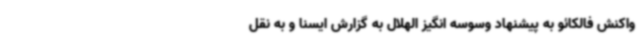
واکنش فالکائو به پیشنهاد وسوسه انگیز الهلال به گزارش ایسنا و به نقل